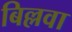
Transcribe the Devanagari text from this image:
बिल्लवा